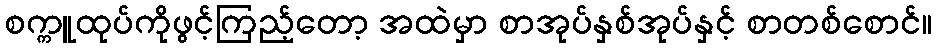
စက္ကူထုပ်ကိုဖွင့်ကြည့်တော့ အထဲမှာ စာအုပ်နှစ်အုပ်နှင့် စာတစ်စောင်။